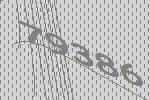
79386